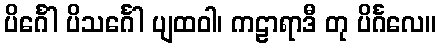
ပိင်္ဂေါ ပိသင်္ဂေါ ပျထဝါ၊ ကဠာရာဒီ တု ပိင်္ဂလေ။